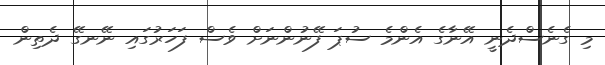
މި ގެނެސްދެނީ އޭނާގެ އެންމެ ސުޕަ ފޭނުންނަށް ވެސް ފަހަރުގައި ނޭނގޭ ދެތިން